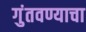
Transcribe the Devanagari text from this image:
गुंतवण्याचा